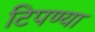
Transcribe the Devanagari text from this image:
टिपण्या